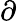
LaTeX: \partial